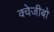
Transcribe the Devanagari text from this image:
क्वेजीबो